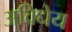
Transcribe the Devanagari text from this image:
अविधेय